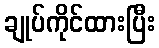
ချုပ်ကိုင်ထားပြီး